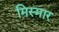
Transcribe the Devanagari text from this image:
मिस्मार